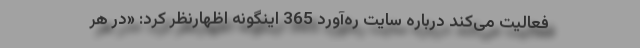
فعالیت می‌کند درباره سایت ره‌آورد 365 اینگونه اظهارنظر کرد: «در هر